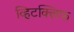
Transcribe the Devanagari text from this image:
व्हिटक्लिफ